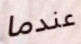
عندما